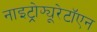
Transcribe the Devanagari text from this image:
नाइट्रोफ्यूरेटॉएन